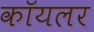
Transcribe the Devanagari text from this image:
कॉयलर